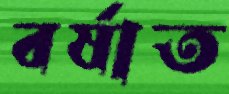
বর্ষাত